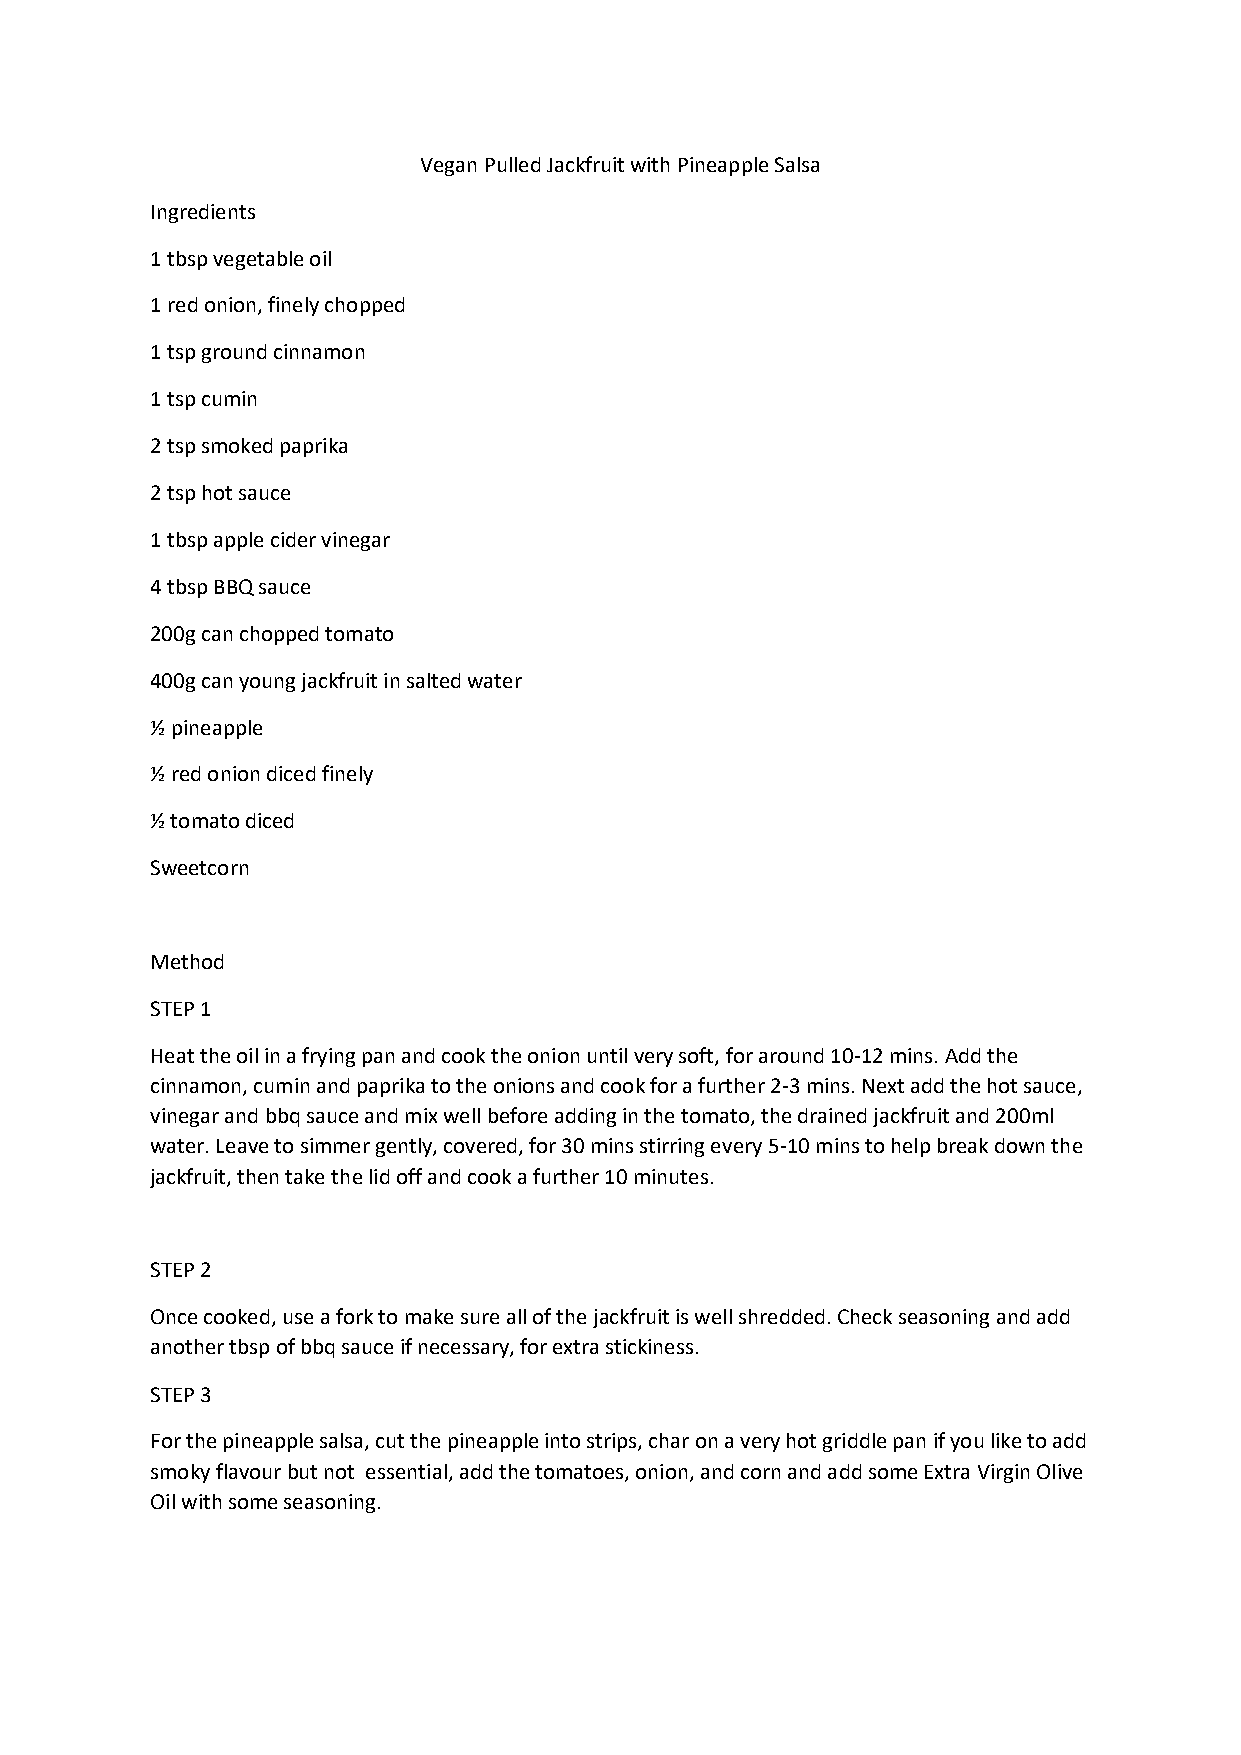
Vegan Pulled Jackfruit with Pineapple Salsa
 Ingredients
 1 tbsp vegetable oil
 1 red onion, finely chopped
 1 tsp ground cinnamon
 1 tsp cumin
 2 tsp smoked paprika
 2 tsp hot sauce
 1 tbsp apple cider vinegar
 4 tbsp BBQ sauce
 200g can chopped tomato
 400g can young jackfruit in salted water
 ½ pineapple
 ½ red onion diced finely
 ½ tomato diced
 Sweetcorn
 Method
 STEP 1
 Heat the oil in a frying pan and cook the onion until very soft, for around 10-12 mins. Add the
 cinnamon, cumin and paprika to the onions and cook for a further 2-3 mins. Next add the hot sauce,
 vinegar and bbq sauce and mix well before adding in the tomato, the drained jackfruit and 200ml
 water. Leave to simmer gently, covered, for 30 mins stirring every 5-10 mins to help break down the
 jackfruit, then take the lid off and cook a further 10 minutes.
 STEP 2
 Once cooked, use a fork to make sure all of the jackfruit is well shredded. Check seasoning and add
 another tbsp of bbq sauce if necessary, for extra stickiness.
 STEP 3
 For the pineapple salsa, cut the pineapple into strips, char on a very hot griddle pan if you like to add
 smoky flavour but not essential, add the tomatoes, onion, and corn and add some Extra Virgin Olive
 Oil with some seasoning.